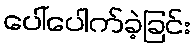
ပေါ်ပေါက်ခဲ့ခြင်း